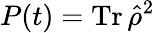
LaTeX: P(t)=\operatorname{Tr}\hat{\rho}^{2}